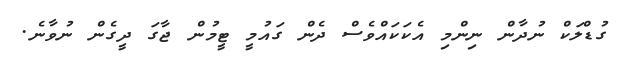
ގުޑްލަކް ނުދާން ނިންމި އެކަކައްވެސް ދެން ގައުމީ ޓީމުން ޖާގަ ދީގެން ނުވާނެ.